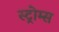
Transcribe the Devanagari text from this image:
स्ट्रोम्स